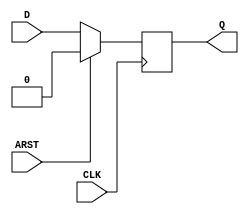
(* techmap_celltype = "$adff" *)
module adff2dff (CLK, ARST, D, Q);
	parameter WIDTH = 1;
	parameter CLK_POLARITY = 1;
	parameter ARST_POLARITY = 1;
	parameter ARST_VALUE = 0;

	input CLK, ARST;
	(* force_downto *)
	input [WIDTH-1:0] D;
	(* force_downto *)
	output reg [WIDTH-1:0] Q;
	(* force_downto *)
	reg [WIDTH-1:0] NEXT_Q;

	wire [1023:0] _TECHMAP_DO_ = "proc;;";

	always @*
		if (ARST == ARST_POLARITY)
			NEXT_Q <= ARST_VALUE;
		else
			NEXT_Q <= D;

	if (CLK_POLARITY)
		always @(posedge CLK)
			Q <= NEXT_Q;
	else
		always @(negedge CLK)
			Q <= NEXT_Q;
endmodule